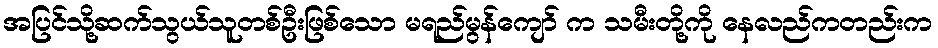
အပြင်သို့ဆက်သွယ်သူတစ်ဦးဖြစ်သော မရည်မွန်ကျော် က သမီးတို့ကို နေလည်ကတည်းက